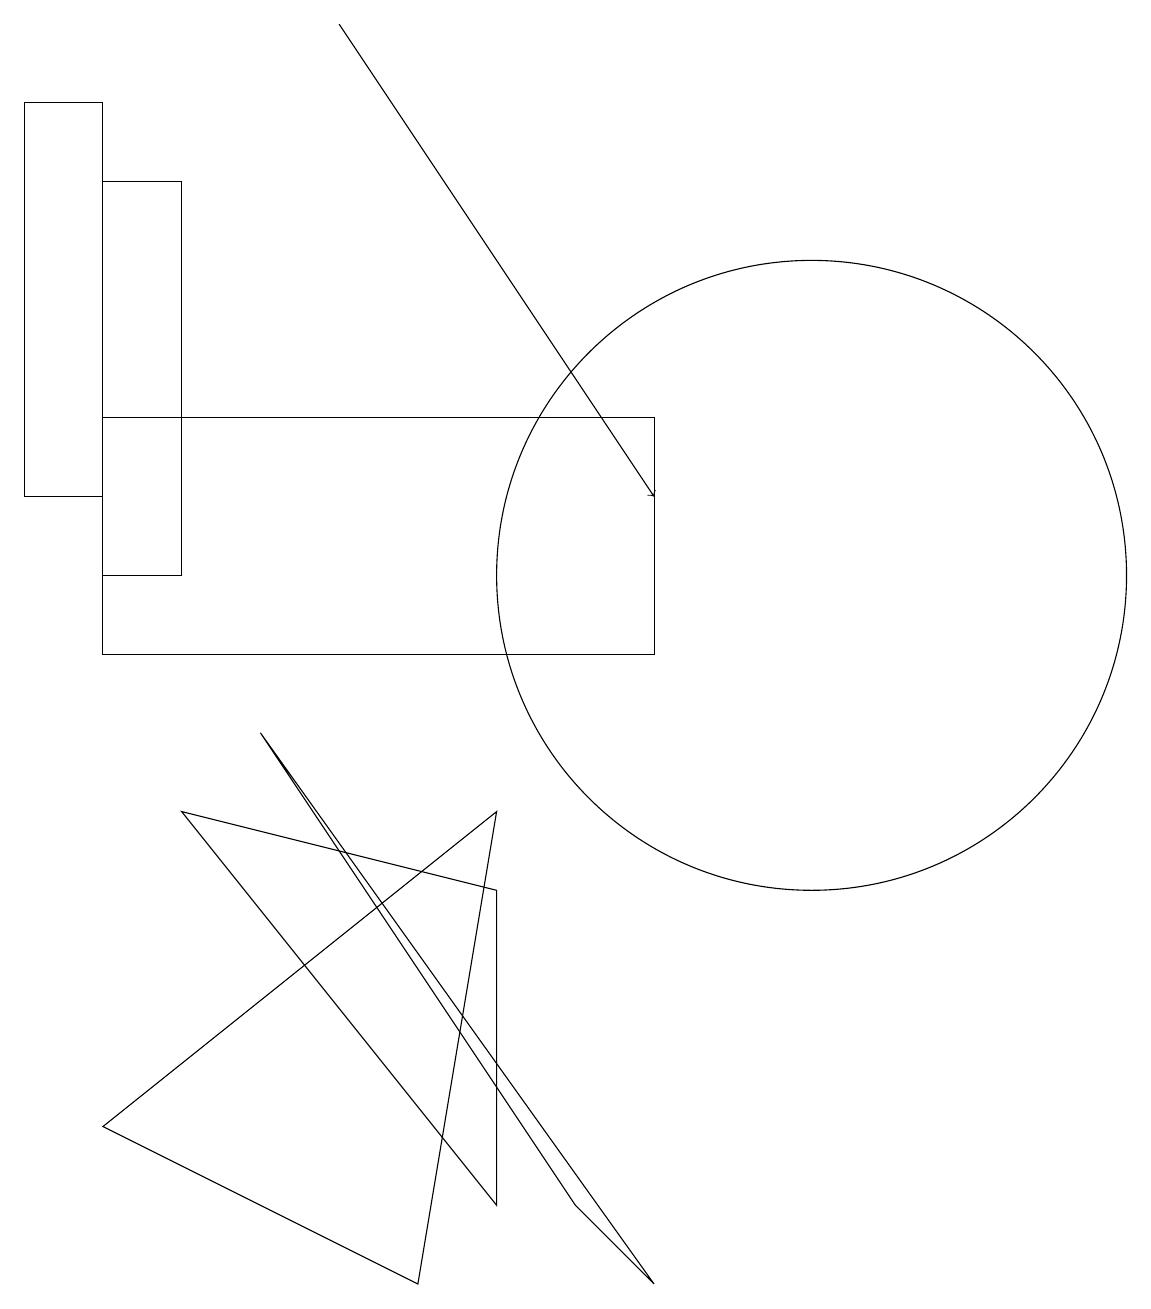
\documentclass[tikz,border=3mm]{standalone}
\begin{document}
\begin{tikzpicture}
\draw (0,17) rectangle (1,12);
\draw (6,3) -- (6,7) -- (2,8) -- cycle;
\draw (10,11) circle (4);
\draw (1,11) rectangle (2,16);
\draw (7,3) -- (3,9) -- (8,2) -- cycle;
\draw[->] (4,18) -- (8,12);
\draw (1,13) rectangle (8,10);
\draw (1,4) -- (5,2) -- (6,8) -- cycle;
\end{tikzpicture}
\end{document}